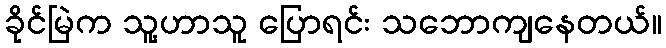
ခိုင်မြဲက သူ့ဟာသူ ပြောရင်း သဘောကျနေတယ်။